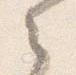
之